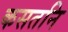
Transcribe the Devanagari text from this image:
कसतनि